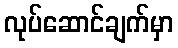
လုပ်ဆောင်ချက်မှာ